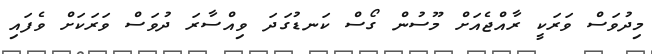
މިދުވަސް ވަރަކީ ރާއްޖެއަށް މޫސުން ގޯސް ކަނޑުގަދަ ވިއްސާރަ ދުވަސް ވަރަކަށް ވެފައި